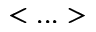
< . . . >